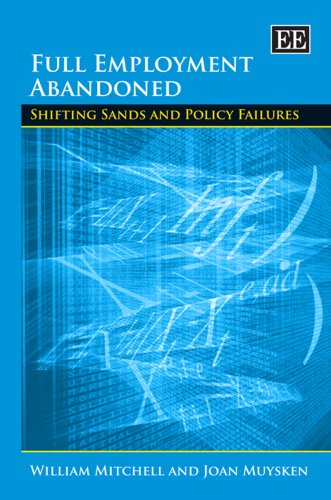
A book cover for Full Employment Abandoned: Shifting Sands and Policy Failures; William Mitchell; Business & Money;